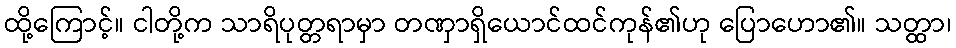
ထို့ကြောင့်။ ငါတို့က သာရိပုတ္တရာမှာ တဏှာရှိယောင်ထင်ကုန်၏ဟု ပြောဟော၏။ သတ္ထာ၊